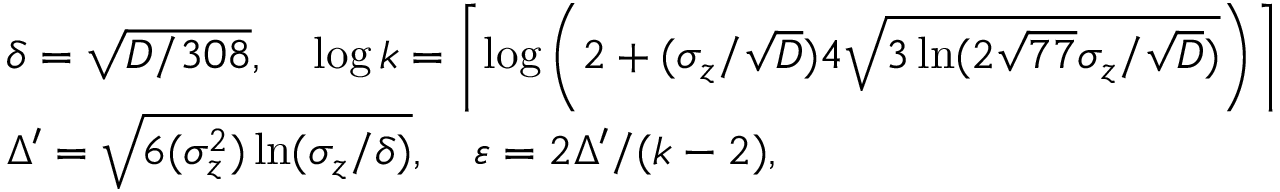
\begin{array} { r l } & { \delta = \sqrt { D / 3 0 8 } , \quad \log k = \left\lceil \log \left( 2 + ( \sigma _ { z } / \sqrt { D } ) 4 \sqrt { 3 \ln ( 2 \sqrt { 7 7 } \sigma _ { z } / \sqrt { D } ) } \right) \right\rceil } \\ & { \Delta ^ { \prime } = \sqrt { 6 ( \sigma _ { z } ^ { 2 } ) \ln ( \sigma _ { z } / \delta ) } , \quad \varepsilon = 2 \Delta ^ { \prime } / ( k - 2 ) , } \end{array}